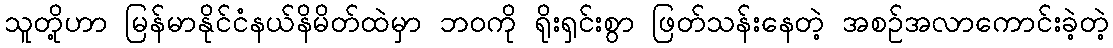
သူတို့ဟာ မြန်မာနိုင်ငံနယ်နိမိတ်ထဲမှာ ဘဝကို ရိုးရှင်းစွာ ဖြတ်သန်းနေတဲ့ အစဉ်အလာကောင်းခဲ့တဲ့